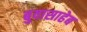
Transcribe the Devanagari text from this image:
बुवासाहेब